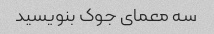
سه معمای جوک بنویسید